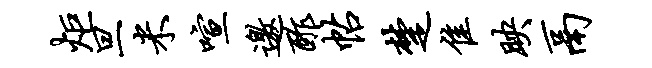
炬旦米喧邀酢帖楚隹映鬲